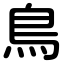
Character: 鳥